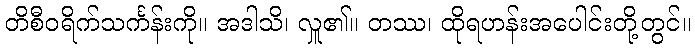
တိစီဝရိက်သင်္ကန်းကို။ အဒါသိ၊ လှူ၏။ တဿ၊ ထိုရဟန်းအပေါင်းတို့တွင်။